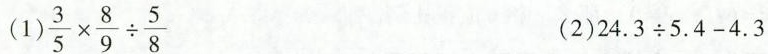
(1)$$\frac { 3 } { 5 } \times \frac { 8 } { 9 } \div \frac{ 5 } { 8 }$$ (2)$$2 4 . 3 \div 5 . 4 - 4 . 3$$